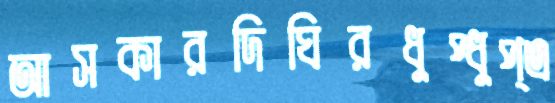
আসকারদিঘিরধুপ্‌ধুপ্‌এ